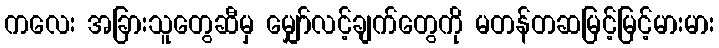
ကလေး အခြားသူတွေဆီမှ မျှော်လင့်ချက်တွေကို မတန်တဆမြင့်မြင့်မားမား